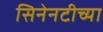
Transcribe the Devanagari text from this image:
सिनेनटीच्या